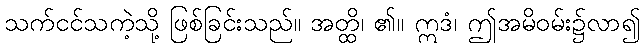
သက်ငင်သကဲ့သို့ ဖြစ်ခြင်းသည်။ အတ္ထိ၊ ၏။ ဣဒံ၊ ဤအမိဝမ်း၌လာ၍